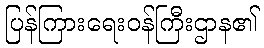
ပြန်ကြားရေးဝန်ကြီးဌာန၏